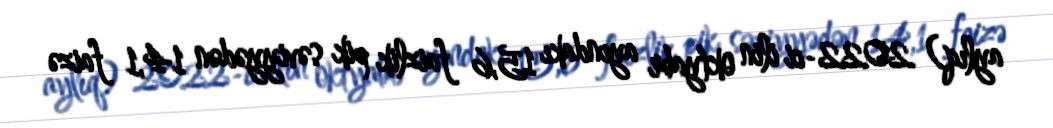
aylıq) 2022-ci ilin oktyabr ayındakı 15,6 faizlik pik səviyyədən 14,1 faizə